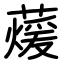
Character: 蕿